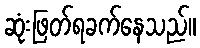
ဆုံးဖြတ်ရခက်နေသည်။